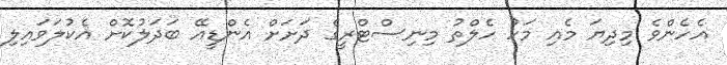
އެހެންވެ މިދިޔަ މެއި މަހު ހެލްތު މިނިސްޓްރީގެ ދަށަށް އެންޑީއޭ ބަދަލުކޮށް އެކުލަވައިލި